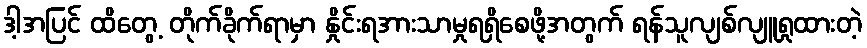
ဒါ့အပြင် ထိတွေ့ တိုက်ခိုက်ရာမှာ နှိုင်းရအားသာမှုရရှိစေဖို့အတွက် ရန်သူလျစ်လျူရှုထားတဲ့